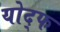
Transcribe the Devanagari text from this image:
योद्फ